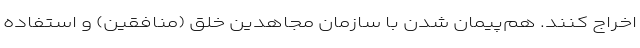
اخراج کنند. هم‌پیمان شدن با سازمان مجاهدین خلق (منافقین) و استفاده